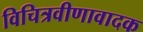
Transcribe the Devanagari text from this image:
विचित्रवीणावादक